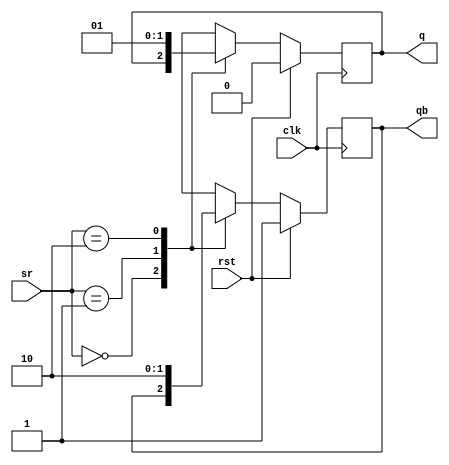
module sr_flipflop(sr,clk,rst,q,qb);
input [1:0]sr;
input clk,rst;
output q,qb;

reg q,qb;

always @(posedge clk)
begin 
if(rst == 1)
begin q = 0;qb = 1;end
else
case(sr)
2'b00: begin q = q;qb = qb;end
2'b01: begin q = 0;qb = 1;end
2'b10: begin q = 1;qb = 0;end
2'b11: begin q = 1'bx;qb = 1'bx;end
default: begin end
endcase
end
endmodule

module test;
wire q,qb;
reg [1:0]sr = 2'b0;
reg clk = 0;
reg rst = 1;
integer i;

sr_flipflop sr1(sr,clk,rst,q,qb);

initial 
begin
    $dumpfile("5a_sr_flipflop.vcd");
    $dumpvars(0,test);

    #10 rst = 0;
    #10 sr = 2'b01;
    #10 sr = 2'b10;
    #10 sr = 2'b11;
    #10 $finish;
end

always #5 clk = !clk;

always @(clk)
$strobe("At time = (%0t),clock = (%b),rst = (%b),sr = (%b),q:qb = (%b):(%b)",$time,clk,rst,sr,q,qb);

endmodule